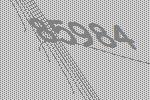
85984